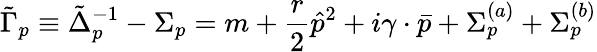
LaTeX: \tilde{\Gamma}_{p}\equiv\tilde{\Delta}_{p}^{-1}-\Sigma_{p}=m+{\frac{r}{2}}\hat{p}^{2}+i\gamma\cdot\bar{p}+\Sigma_{p}^{(a)}+\Sigma_{p}^{(b)}